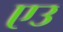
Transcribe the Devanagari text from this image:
एउ